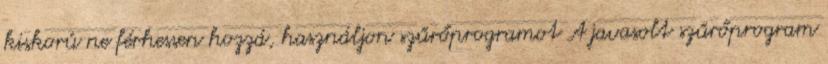
kiskorú ne férhessen hozzá, használjon szűrőprogramot A javasolt szűrőprogram